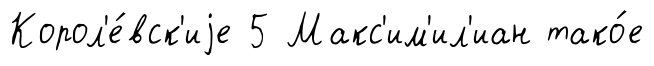
Корол'е́вск'иjе 5 Макс'им'ил'иан тако́е